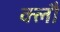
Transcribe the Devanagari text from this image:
क्लौ